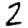
Digit: 2